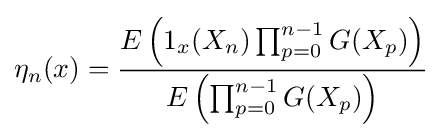
\eta _{n}(x)={\frac {E\left(1_{x}(X_{n})\prod _{p=0}^{n-1}G(X_{p})\right)}{E\left(\prod _{p=0}^{n-1}G(X_{p})\right)}}